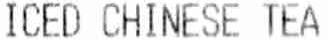
ICED CHINESE TEA